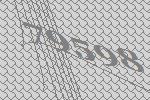
79598